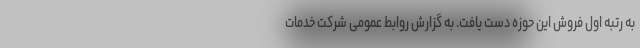
به رتبه اول فروش این حوزه دست یافت. به گزارش روابط عمومی شرکت خدمات